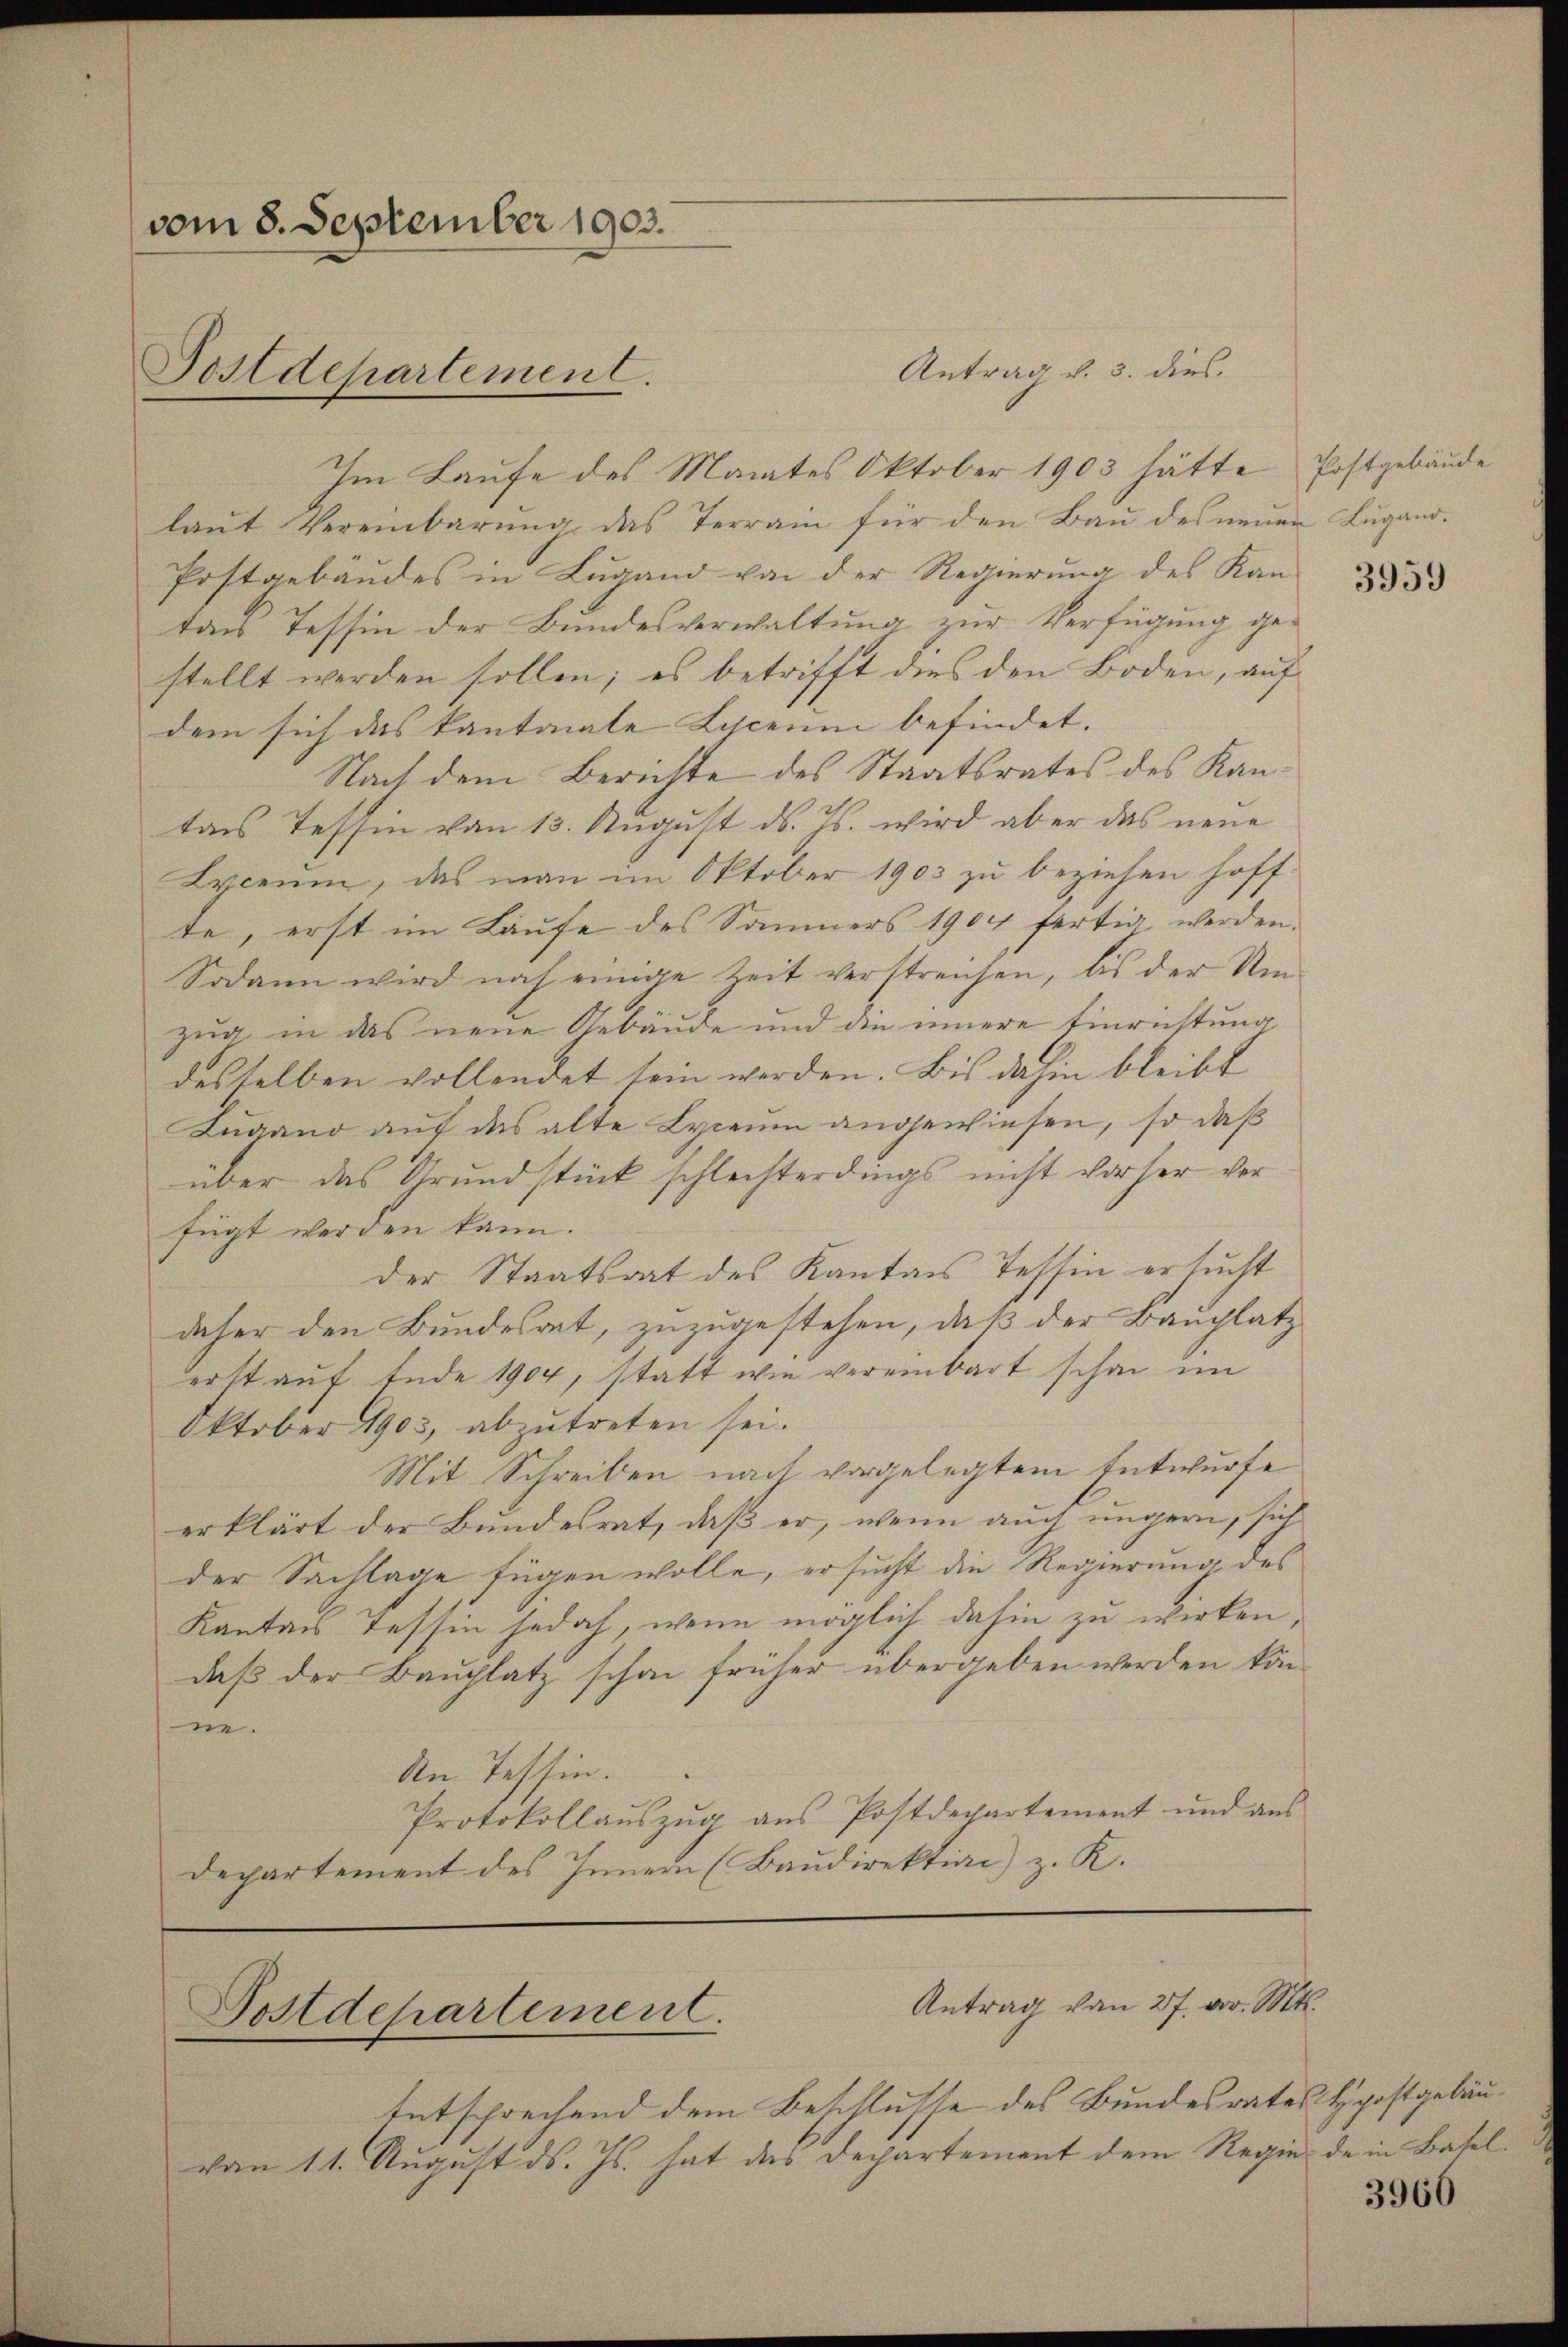
vom 8. September 1903.
Postdepartement.

Antrag v. 3. dies
Im Laufe des Monates Oktober 1903 hätte Postgebäude
laut Vereinbarung das Terrain für den Bau des neuen Lugand¬
Postgebäudes in Lugand von der Regierung des Kan-
tans Tessin der Bundesverwaltung zur Verfügung gestellt werden sollen; es betrifft dies den Boden, auf
dem sich das kantonale Lyceum befindet.
Nach dem Berichte des Staatsrates des Kantars Tessin von 13. August ds. Js. wird aber das neue
Lyceum, das man im Oktober 1903 zu beziehen hoffte, erst im Laufe des Sammers 1904 fertig werden.
Sodann wird nach einige Zeit verstreichen, bis der Um-
zug in das neue Gebäude und die innere Einrichtung
desselben vollendet sein werden. Bis dahin bleibt
Lugand auf das alte Lycaum angewiesen, so daß
über das Grundstück schlechterdings nicht vorher ver
fügt werden kann.
der Staatsrat des Kantons Tessin ersucht
daher den Bundesrat, zuzugestehen, daß der Bauplatz
erst auf Ende 1904, statt wie vereinbart schon im
Oktober 1903, abzutreten sei.
Mit Schreiben nach vorgelegtem Entwurfe
erklärt der Bundesrat, daß er, wenn auch ungern, sich
der Sachlage fügen wolle, ersucht die Regierung des
Kantons Tessin jedoch, wenn möglich dahin zu wirken,
daß der Bauplatz schon früher übergeben werden könne.
An Tessin.
Protokollaŭszŭg aŭs Postdepartement und aŭs
Departement des Innern (Baudirektion) z. K.

Antrag von 27. vor. Mt.
Postdepartement.

Entsprechend dem Beschlusse des Bundesrates Hypoftgebäuvon 11. August ds. Js. hat das Departement dem Regie de in Basel¬

3959

3966